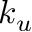
k _ { u }